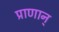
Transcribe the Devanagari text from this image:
प्राणान्